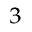
^ 3